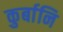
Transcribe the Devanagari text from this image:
कुर्बानि